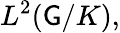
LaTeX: L^{2}(\mathsf{G}/K),